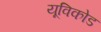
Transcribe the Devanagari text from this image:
यूविकोड